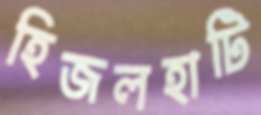
হিজলহাটি